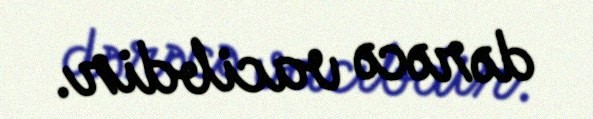
dərəcə vacibdir.